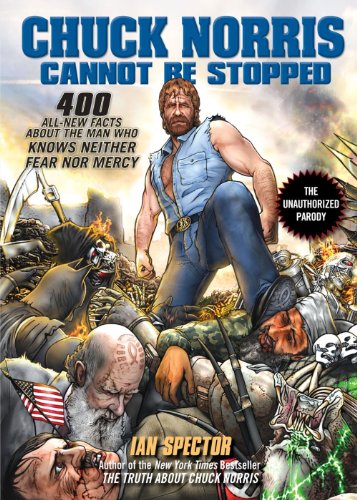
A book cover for Chuck Norris Cannot Be Stopped: 400 All-New Facts About the Man Who Knows Neither Fear Nor Mercy; Ian Spector; Humor & Entertainment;